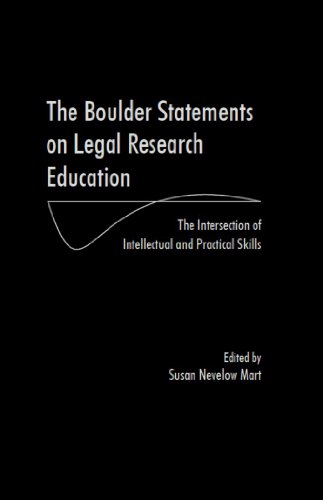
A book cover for The Boulder Statements on Legal Research Education; Susan Nevelow Mart; Law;